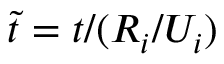
\tilde { t } = t / ( R _ { i } / U _ { i } )